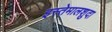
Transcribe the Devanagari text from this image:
इस्तेमालशुदा